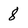
Character: 8